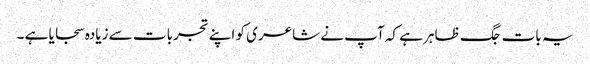
یہ بات جگ ظاہر ہے کہ آپ نے شاعری کو اپنے تجربات سے زیادہ سجایا ہے ۔